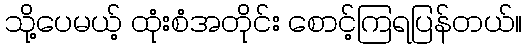
သို့ပေမယ့် ထုံးစံအတိုင်း စောင့်ကြရပြန်တယ်။